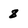
Character: 8